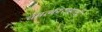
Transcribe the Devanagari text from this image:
चमत्कारासाठी